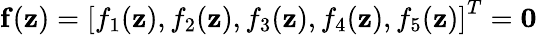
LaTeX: {\mathbf f}({\mathbf z})=\left[f_{1}({\mathbf z}),f_{2}({\mathbf z}),f_{3}({\mathbf z}),f_{4}({\mathbf z}),f_{5}({\mathbf z})\right]^{T}={\mathbf 0}